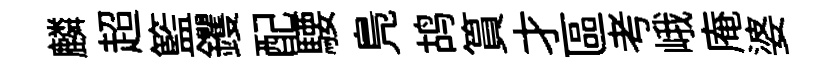
麟超籃钁配騕鳬鸪篔才區考峨庵婆